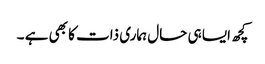
کچھ ایسا ہی حال ہماری ذات کا بھی ہے ۔